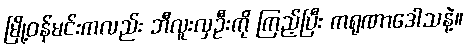
မြို့ဝန်မင်းကလည်း ဘီလူးလှဦးကို ကြည့်ပြီး ကရုဏာဒေါသနဲ့။